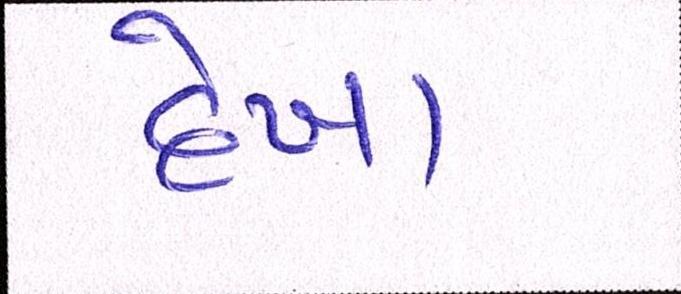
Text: દેખા